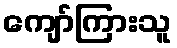
ကျော်ကြားသူ